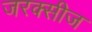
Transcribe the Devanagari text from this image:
जरक्सीज